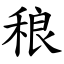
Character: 稂